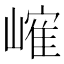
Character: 𪩐